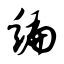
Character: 编